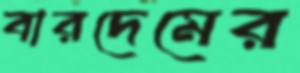
বারদেমের